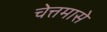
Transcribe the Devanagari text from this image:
चेत्तमासे